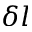
\delta l